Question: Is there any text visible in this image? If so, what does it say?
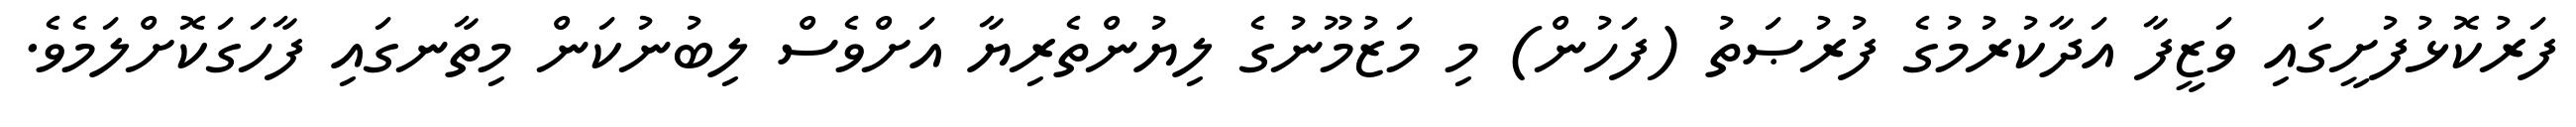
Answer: ފަރުކޮޅުފުށީގައި ވަޒީފާ އަދާކުރުމުގެ ފުރުޞަތު (ފަހުން) މި މަޒުމޫނުގެ ލިޔުންތެރިޔާ އަށްވެސް ލިބުނުކަން މިތާނގައި ފާހަގަކޮށްލަމެވެ.